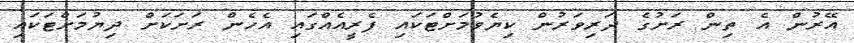
އޭރުން އެ ތިން ރަށުގެ ދަރިވަރުން ކިޔެވުމަށްޓަކައި ފެރީއެއްގައި އެހެން ރަށަކަށް ދިޔުމަށްޓަކައި